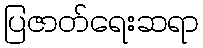
ပြဇာတ်ရေးဆရာ